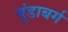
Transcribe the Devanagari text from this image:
बुंडाबर्ग